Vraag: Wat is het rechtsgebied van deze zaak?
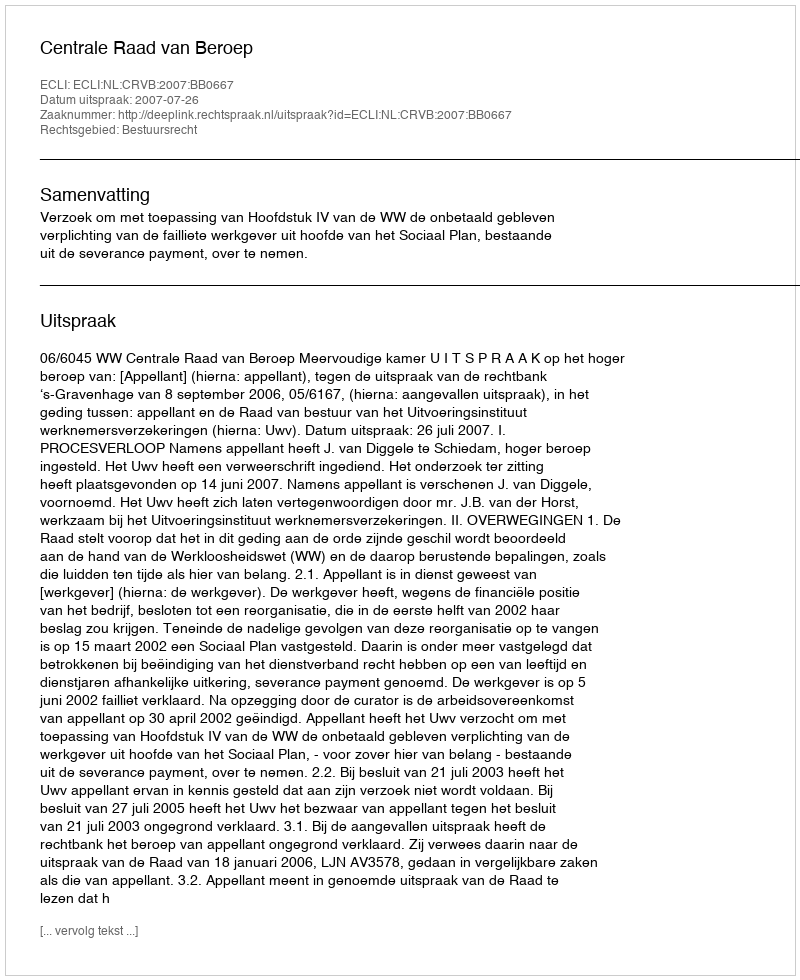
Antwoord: Bestuursrecht